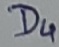
Text: D4